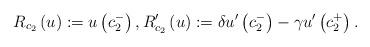
LaTeX: \begin{align*}R_{c_{2}}\left( u\right) :=u\left( c_{2}^{-}\right) ,R_{c_{2}}^{\prime }\left( u\right) :=\delta u^{\prime }\left(c_{2}^{-}\right) -\gamma u^{\prime }\left( c_{2}^{+}\right) . \end{align*}